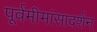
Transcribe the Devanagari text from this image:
पूर्वमीमांसादर्शन